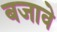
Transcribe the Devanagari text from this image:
बजावे